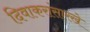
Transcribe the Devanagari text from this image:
दिवाकरांसारखे